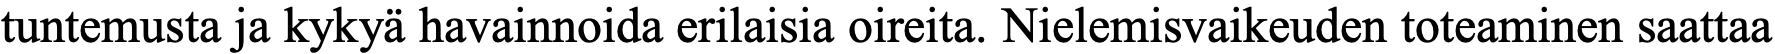
tuntemusta ja kykyä havainnoida erilaisia oireita. Nielemisvaikeuden toteaminen saattaa